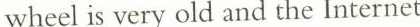
wheel is very old and the Internet